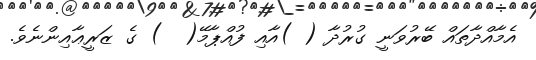
އެމާއްދާތައް ބޭރުވަނީ ގުރުދާ ( )އާއި ފުއްޕާމޭ(  ) ގެ ޒަރީޢާއިންނެވެ.